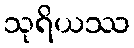
သုရိယဿ